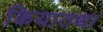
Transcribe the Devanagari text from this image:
कियातथा